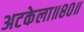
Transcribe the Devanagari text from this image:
अटकेला॥८०॥